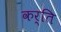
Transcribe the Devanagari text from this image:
कर्ति